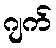
ဂျက်